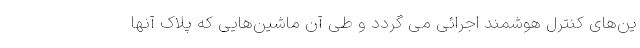
ین‌های کنترل هوشمند اجرائی می گردد و طی آن ماشین‌هایی که پلاک آنها